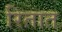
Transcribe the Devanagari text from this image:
रितात